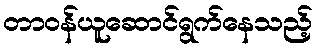
တာဝန်ယူဆောင်ရွက်နေသည့်